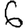
Digit: 6